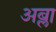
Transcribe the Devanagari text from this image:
अब्ला